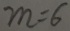
m = 6